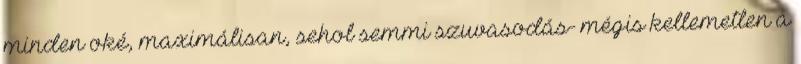
minden oké, maximálisan, sehol semmi szuvasodás- mégis kellemetlen a